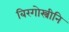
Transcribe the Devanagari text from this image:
बिरगोस्त्रीनि